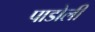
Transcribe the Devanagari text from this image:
पाडोली